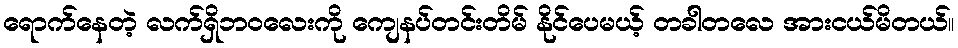
ရောက်နေတဲ့ လက်ရှိဘဝလေးကို ကျေနပ်တင်းတိမ် နိုင်ပေမယ့် တခါတလေ အားငယ်မိတယ်။